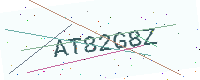
Text: AT82G8Z